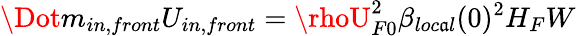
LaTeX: \Dot{m}_{in,front}U_{in,front}=\rhoU_{F0}^{2}\beta_{loc\mathfrak{a}l}(0)^{2}H_{F}W